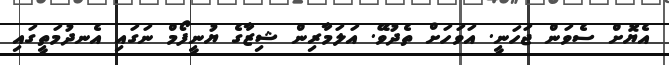
އެޔޮށް ސެވަން ޖަހަނީ. އަވަހަށް ތެދުވޭ. އަލަމާރިން ޝިޒާގެ ޔުނީފޯމް ނަގައި އެނދުމަތީގައި